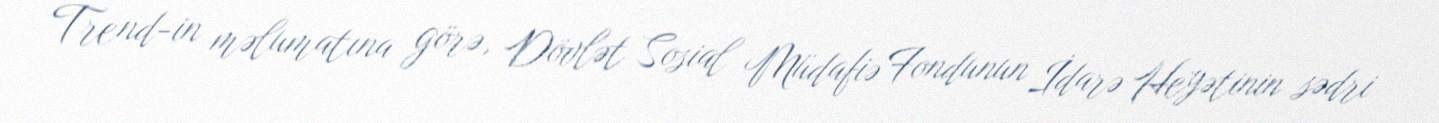
Trend-in məlumatına görə, Dövlət Sosial Müdafiə Fondunun İdarə Heyətinin sədri